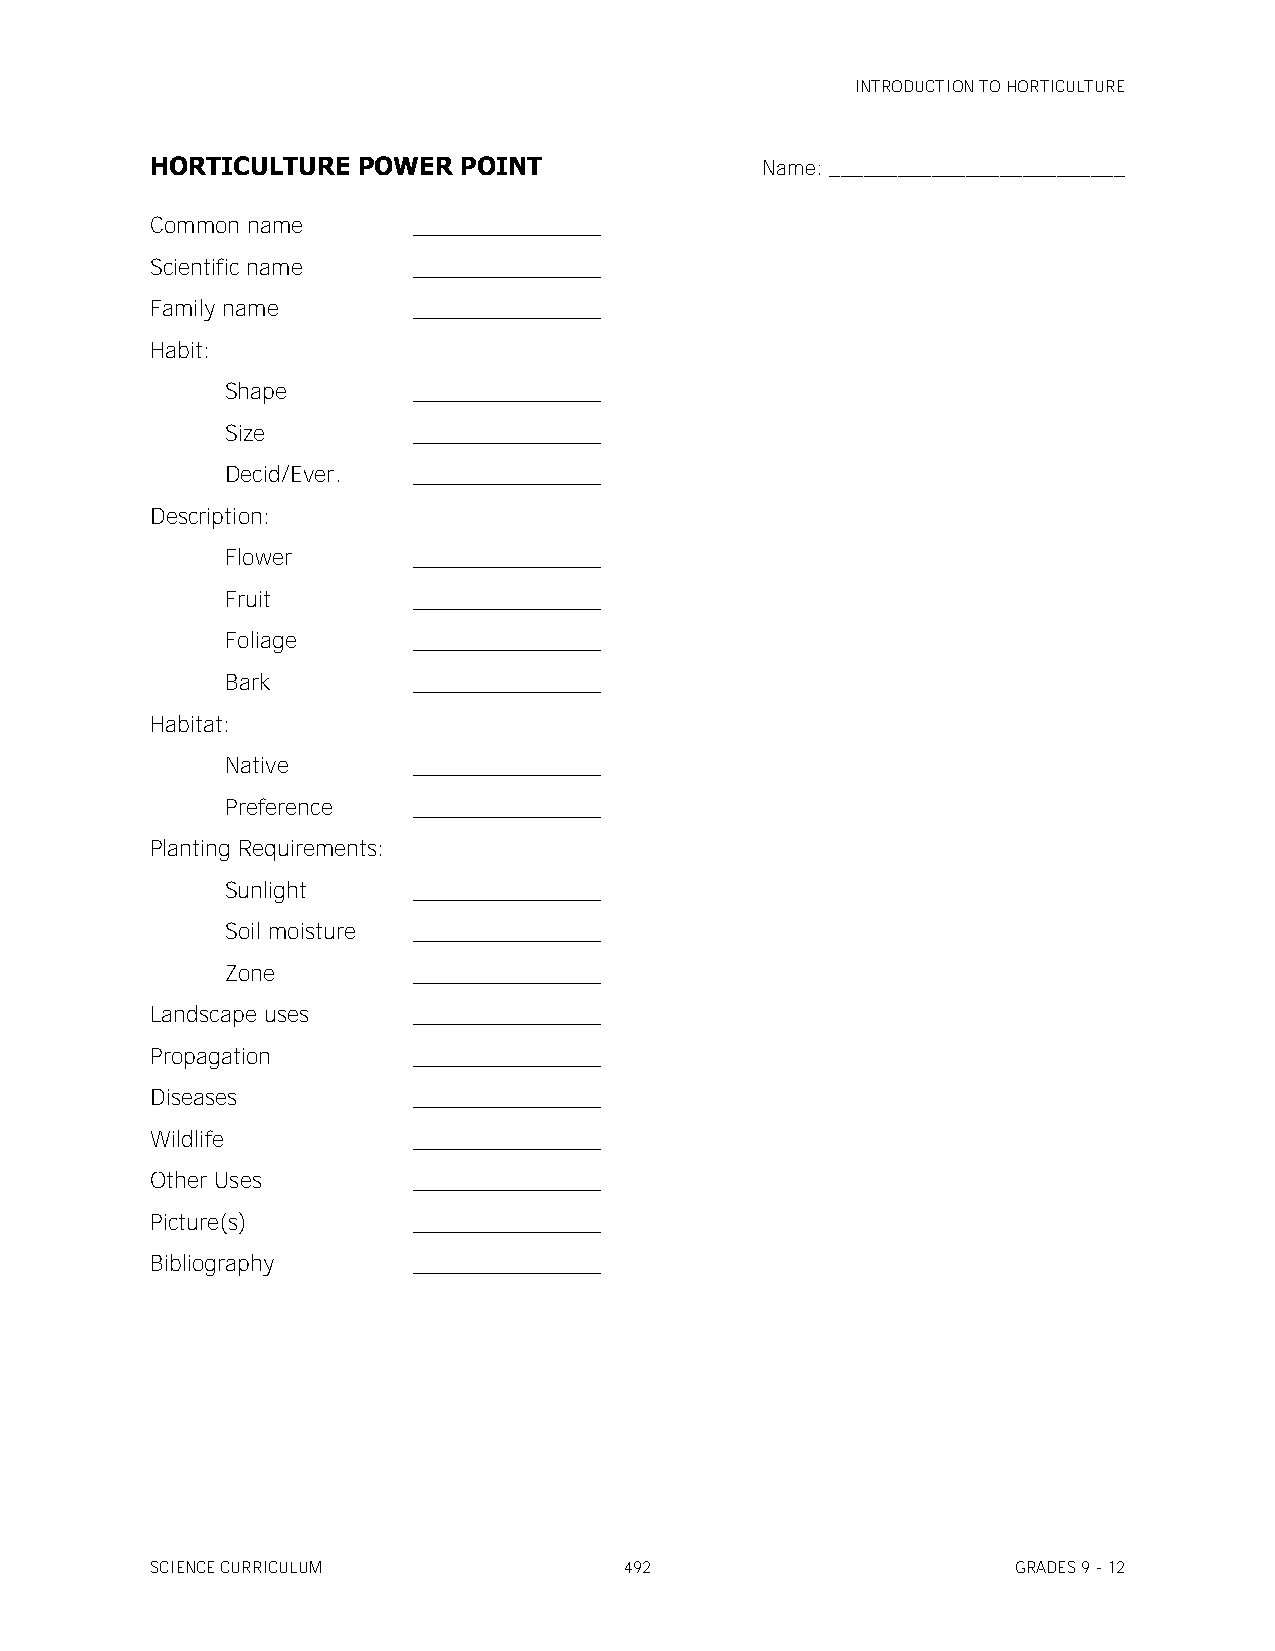
INTRODUCTION TO HORTICULTURE
 HORTICULTURE  POWER POINT               Name: __________________________
 Common name      _______________
 Scientific name  _______________
 Family name      _______________
 Habit:
 Shape       _______________
 Size        _______________
 Decid/Ever. _______________
 Description:
 Flower      _______________
 Fruit       _______________
 Foliage     _______________
 Bark        _______________
 Habitat:
 Native      _______________
 Preference  _______________
 Planting Requirements:
 Sunlight    _______________
 Soil moisture _______________
 Zone        _______________
 Landscape uses   _______________
 Propagation      _______________
 Diseases         _______________
 Wildlife         _______________
 Other Uses       _______________
 Picture(s)       _______________
 Bibliography     _______________
 SCIENCE CURRICULUM             492                       GRADES 9 - 12